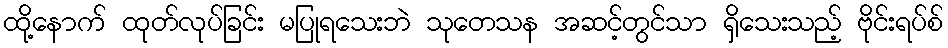
ထို့နောက် ထုတ်လုပ်ခြင်း မပြုရသေးဘဲ သုတေသန အဆင့်တွင်သာ ရှိသေးသည့် ဗိုင်းရပ်စ်